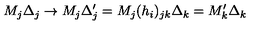
M _ { j } \Delta _ { j } \rightarrow M _ { j } \Delta _ { j } ^ { \prime } = M _ { j } ( h _ { i } ) _ { j k } \Delta _ { k } = M _ { k } ^ { \prime } \Delta _ { k }